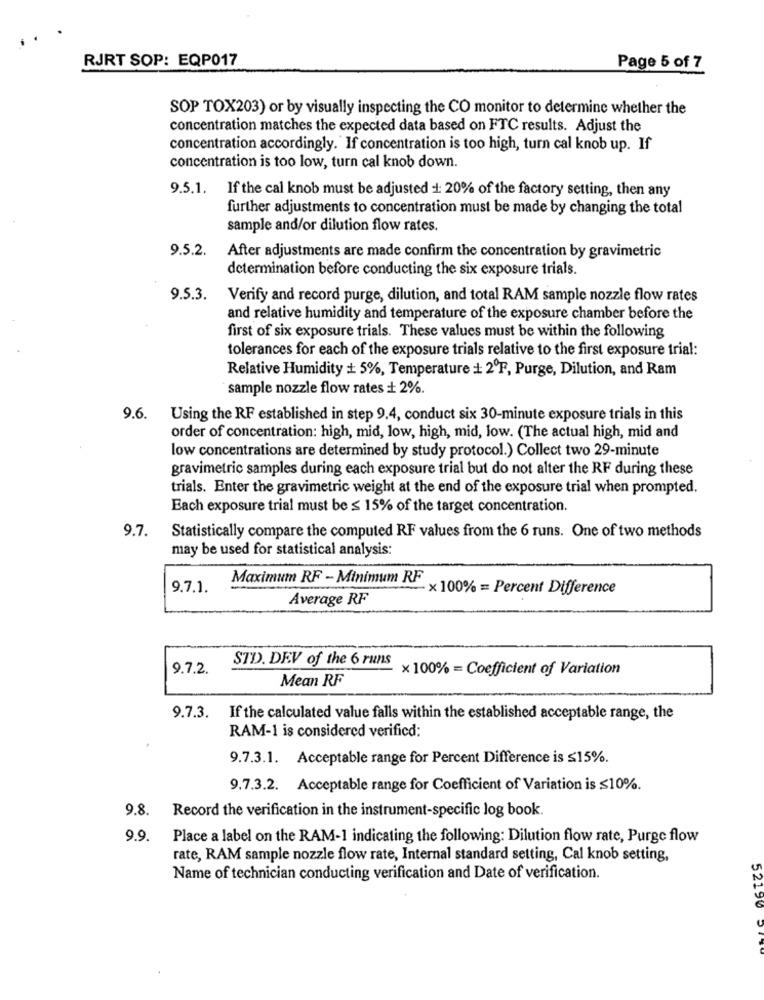
RJRT SOP: EQP017
Page 5 of 7
SOP TOX203) or by visually inspecting the CO monitor to determine whether the
concentration matches the expected data based on FTC results. Adjust the
concentration accordingly."If concentration is too high, turn cal knob up. If
concentration is too low, turn cal knob down.
9.5.1. If the cal knob must be adjusted 1: 20% of the factory setting, then any
further adjustments to concentration must be made by changing the total
sample and/or dilution flow rates.
9.5.2.
After adjustments are made confirm the concentration by gravimetric
determination before conducting the six exposure trials.
9.5.3.
Verify and record purge, dilution, and total RAM sample nozzle flow rates
and relative humidity and temperature of the exposure chamber before the
first of six exposure trials. These values must be within the following
tolerances for each of the exposure trials relative to the first exposure trial:
Relative Humidity + 5%, Temperature + 2ºF, Purge, Dilution, and Ram
sample nozzle flow rates + 2%.
9.6. Using the RF established in step 9.4, conduct six 30-minute exposure trials in this
order of concentration: high, mid, low, high, mid, low. (The actual high, mid and
low concentrations are determined by study protocol.) Collect two 29-minute
gravimetric samples during each exposure trial but do not alter the RF during these
trials. Enter the gravimetric weight at the end of the exposure trial when prompted.
Each exposure trial must be ≤ 15% of the target concentration.
9.7.
Statistically compare the computed RF values from the 6 runs. One of two methods
may be used for statistical analysis:
Maximum RF - Minimum RF
9.7.1.
-x100% = Percent Difference
Average RF
STD. DEV of the 6 runs
9.7.2.
× 100% = Coefficient of Variation
Mean RF
9.7.3. If the calculated value falls within the established acceptable range, the
RAM-1 is considered verified:
9.7.3.1. Acceptable range for Percent Difference is ≤15%.
9.7.3.2. Acceptable range for Coefficient of Variation is ≤10%.
9.8.
Record the verification in the instrument-specific log book.
9.9. Place a label on the RAM-1 indicating the following: Dilution flow rate, Purge flow
rate, RAM sample nozzle flow rate, Internal standard setting, Cal knob setting,
Name of technician conducting verification and Date of verification.
52120